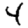
Digit: 4